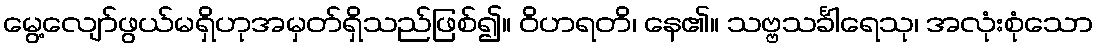
မွေ့လျော်ဖွယ်မရှိဟုအမှတ်ရှိသည်ဖြစ်၍။ ဝိဟရတိ၊ နေ၏။ သဗ္ဗသင်္ခါရေသု၊ အလုံးစုံသော